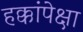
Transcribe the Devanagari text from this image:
हक्कांपेक्षा